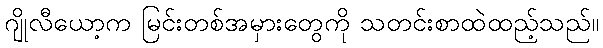
ဂျိုလီယော့က မြင်းတစ်အမှားတွေကို သတင်းစာထဲထည့်သည်။